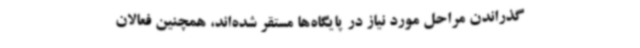
گذراندن مراحل مورد نیاز در پایگاه‌ها مستقر شده‌اند، همچنین فعالان